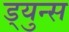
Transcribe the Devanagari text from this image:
ड्युन्स